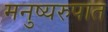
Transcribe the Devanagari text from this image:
मनुष्यरुपात